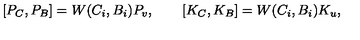
{ } [ P _ { C } , P _ { B } ] = W ( C _ { i } , B _ { i } ) P _ { v } , \qquad [ K _ { C } , K _ { B } ] = W ( C _ { i } , B _ { i } ) K _ { u } ,